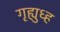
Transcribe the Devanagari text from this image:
गृह्युध्ह